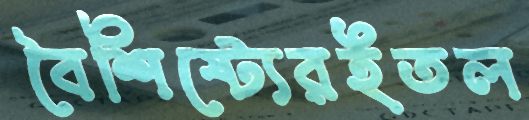
বৈশিষ্ট্যেরইতল